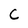
Character: C